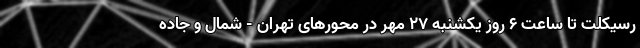
رسیکلت تا ساعت 6 روز یکشنبه 27 مهر در محورهای تهران - شمال و جاده